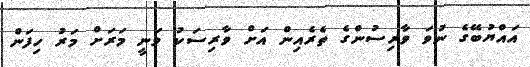
އައްޔުބޭގެ ނުވަ ވާރިސުންގެ ތެރެއިން އަށް ވާރިސަކު ވަނީ މަރަށް މަރު ހިފަން